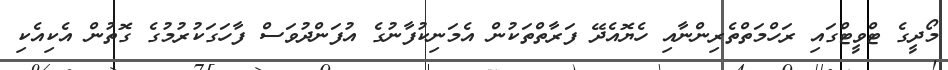
މޯދީގެ ޓްވީޓްގައި ރަހްމަތްތެރިންނާއި ހެޔޮއެދޭ ފަރާތްތަކުން އެމަނިކުފާނުގެ އުފަންދުވަސް ފާހަގަކުރުމުގެ ގޮތުން އެކިއެކި